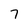
Character: 7